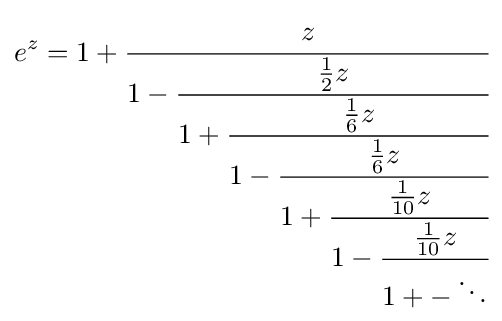
e^{z}=1+{\cfrac {z}{1-{\cfrac {{\frac {1}{2}}z}{1+{\cfrac {{\frac {1}{6}}z}{1-{\cfrac {{\frac {1}{6}}z}{1+{\cfrac {{\frac {1}{10}}z}{1-{\cfrac {{\frac {1}{10}}z}{1+-\ddots }}}}}}}}}}}}